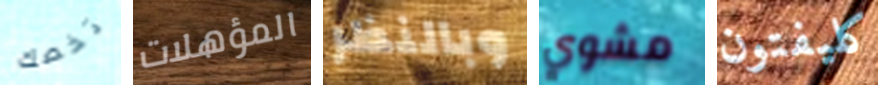
تخصك المؤهلات وبالنظر مشوي كليفتون